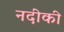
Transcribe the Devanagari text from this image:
नदीकी